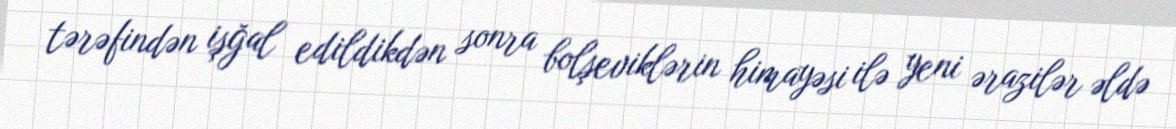
tərəfindən işğal edildikdən sonra bolşeviklərin himayəsi ilə yeni ərazilər əldə